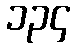
၁၃၄